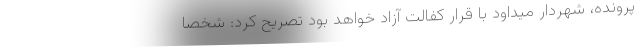
پرونده، شهردار میداود با قرار کفالت آزاد خواهد بود تصریح کرد: شخصا